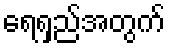
ရေရှည်အတွက်